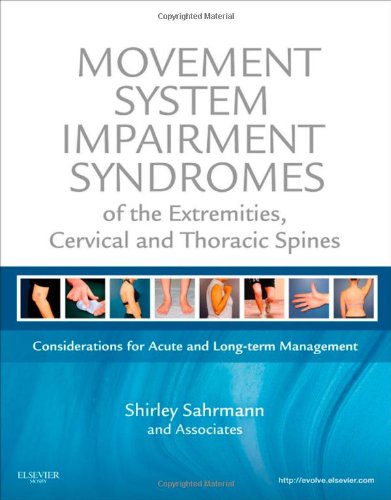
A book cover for Movement System Impairment Syndromes of the Extremities, Cervical and Thoracic Spines, 1e; Shirley Sahrmann PT  PhD  FAPTA; Medical Books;